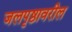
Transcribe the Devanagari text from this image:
जलपृष्ठावरील